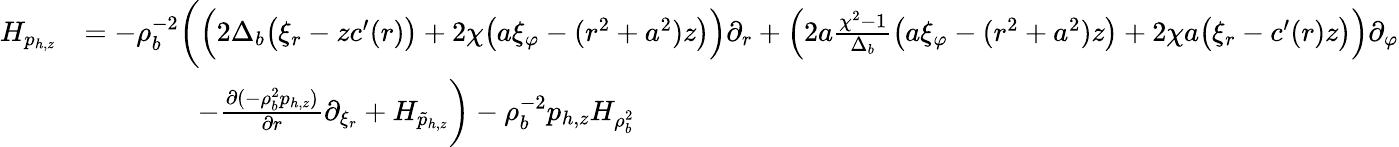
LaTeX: \begin{array}{rl}{H_{p_{h,z}}}&{=-\rho_{b}^{-2}\bigg(\Big(2\Delta_{b}\big(\xi_{r}-zc^{\prime}(r)\big)+2\chi\big(a\xi_{\varphi}-(r^{2}+a^{2})z\big)\Big)\partial_{r}+\Big(2a\frac{\chi^{2}-1}{\Delta_{b}}\big(a\xi_{\varphi}-(r^{2}+a^{2})z\big)+2\chi a\big(\xi_{r}-c^{\prime}(r)z\big)\Big)\partial_{\varphi}}\\ &{\qquad\qquad-\frac{\partial(-\rho_{b}^{2}p_{h,z})}{\partial r}\partial_{\xi_{r}}+H_{\tilde{p}_{h,z}}\bigg)-\rho_{b}^{-2}p_{h,z}H_{\rho_{b}^{2}}}\end{array}